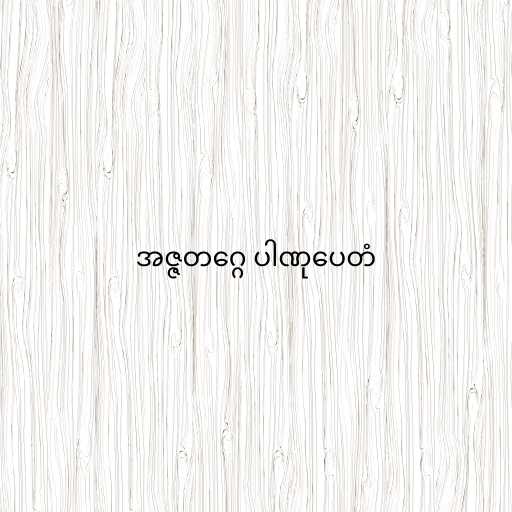
အဇ္ဇတဂ္ဂေ ပါဏုပေတံ